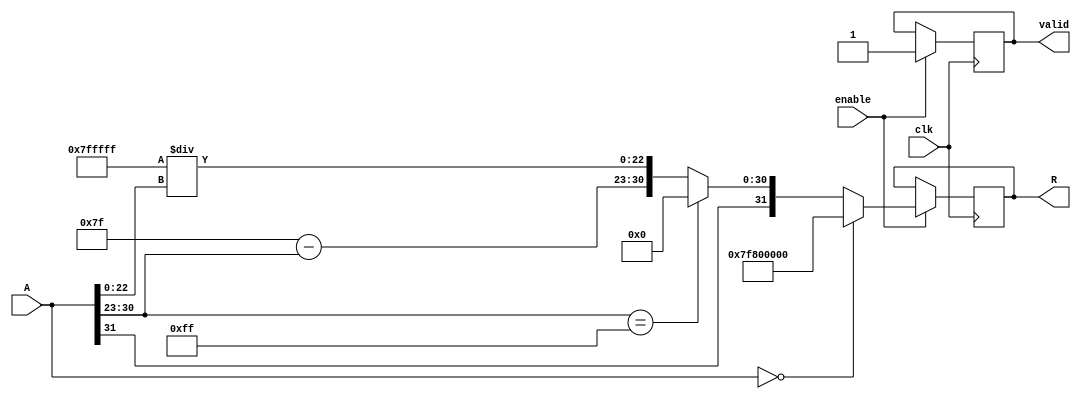
module FloatingPointReciprocal (
    input  wire [31:0] A,      // Input: 32-bit IEEE 754 floating-point number
    output reg  [31:0] R,      // Output: 32-bit IEEE 754 floating-point reciprocal
    input  wire clk,           // Clock signal
    input  wire enable,        // Enable signal
    output reg  valid          // Output valid signal
);
    // Intermediate signals
    reg [7:0] exponent_A;
    reg [22:0] mantissa_A;
    reg sign_A;
    reg [7:0] exponent_R;
    reg [22:0] mantissa_R;
    
    always @(posedge clk) begin
        if (enable) begin
            // Default output
            R <= 32'b0;
            valid <= 0;
            
            // Extract sign, exponent, and mantissa from input A
            sign_A = A[31];
            exponent_A = A[30:23];
            mantissa_A = {1'b1, A[22:0]}; // Include implicit leading 1
            
            // Handle special cases
            if (A == 32'b0) begin // Input is zero
                R <= {1'b0, 8'hFF, 23'b0}; // Output is infinity
            end else if (exponent_A == 8'hFF) begin // Input is NaN or infinity
                R <= {sign_A, 8'h00, 23'b0}; // Output is zero (for infinity)
            end else begin
                // Calculate the exponent for the reciprocal
                exponent_R = 127 - exponent_A;

                // Calculate the mantissa for the reciprocal
                // For simplicity, use a basic approximation of reciprocal
                // In a real design, you would use a method like Newton-Raphson
                
                // Example: simple approximation
                mantissa_R = (23'h7FFFFF / mantissa_A); // This is not accurate!

                // Rounding (naive approach)
                if (mantissa_R[23]) begin
                    mantissa_R = mantissa_R >> 1; // Right shift if overflow
                    exponent_R = exponent_R + 1;   // Increment exponent
                end

                // Combine sign, exponent, and mantissa into output R
                R <= {sign_A, exponent_R, mantissa_R[22:0]};
            end
            
            valid <= 1; // Indicate the output is valid
        end
    end
endmodule